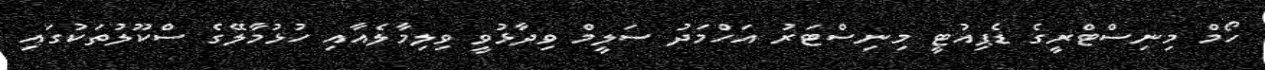
ހޯމް މިނިސްޓްރީގެ ޑެޕިއުޓީ މިނިސްޓަރު އަހްމަދު ސަލީމް ވިދާޅުވީ ވިލިމާލެއާއި ހުޅުމާލޭގެ ސްކޫލުތަކުގައި